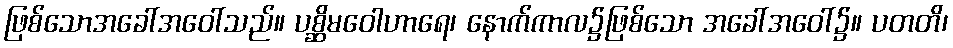
ဖြစ်သောအခေါ်အဝေါ်သည်။ ပစ္ဆိမဝေါဟာရေ၊ နောက်ကာလ၌ဖြစ်သော အခေါ်အဝေါ်၌။ ပတတိ၊